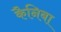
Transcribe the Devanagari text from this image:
कैनिबा